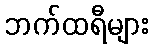
ဘက်ထရီများ